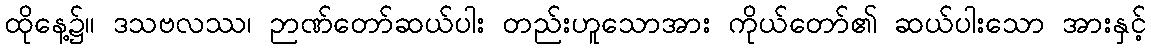
ထိုနေ့၌။ ဒသဗလဿ၊ ဉာဏ်တော်ဆယ်ပါး တည်းဟူသောအား ကိုယ်တော်၏ ဆယ်ပါးသော အားနှင့်